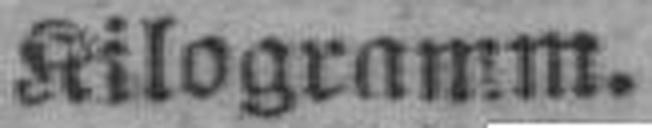
Kilogramm.